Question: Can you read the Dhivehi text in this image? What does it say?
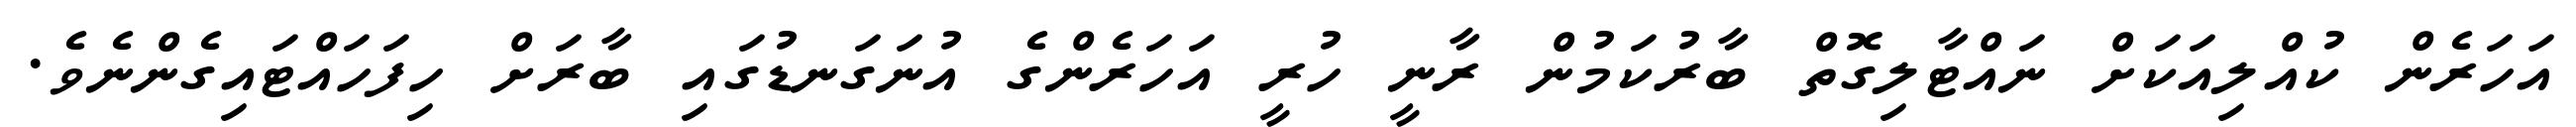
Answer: އަހަރެން ކުއްލިއަކަށް ނައްޓާލިގޮތް ބާރުކަމުން ރާނީ ހުރީ އަހަރެންގެ އުނަގަނޑުގައި ބާރަށް ހިފަހައްޓައިގެންނެވެ.